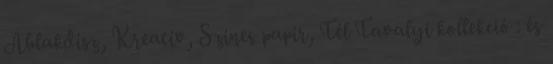
Ablakdísz, Kreatív, Színes papír, Tél Tavalyi kollekció : és